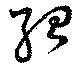
紹